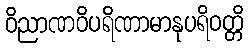
ဝိညာဏဝိပရိဏာမာနုပရိဝတ္တိ